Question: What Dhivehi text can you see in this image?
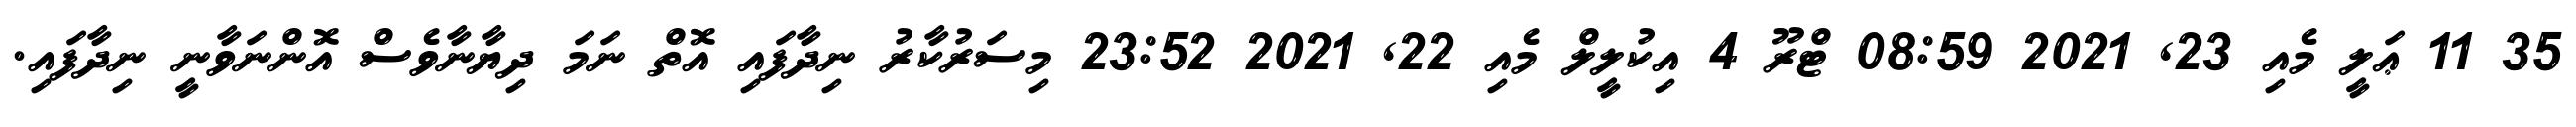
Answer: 35 11 ޢަލީ މެއި 23, 2021 08:59 ޓްރޫ 4 އިކުލީލް މެއި 22, 2021 23:52 މިސަރުކާރު ނިދާފައި އޮތް ނަމަ ދިޔާނާވެސް އޮންނަވާނީ ނިދާފައި.